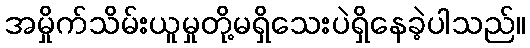
အမှိုက်သိမ်းယူမှုတို့မရှိသေးပဲရှိနေခဲ့ပါသည်။